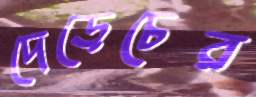
দেড়েচের